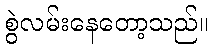
စွဲလမ်းနေတော့သည်။